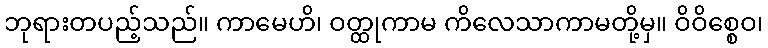
ဘုရားတပည့်သည်။ ကာမေဟိ၊ ဝတ္ထုကာမ ကိလေသာကာမတို့မှ။ ဝိဝိစ္စေဝ၊